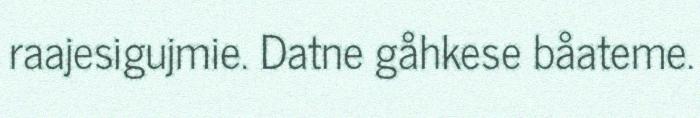
raajesigujmie. Datne gåhkese båateme.